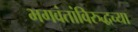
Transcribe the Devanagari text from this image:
भगवंतांविरुद्धच्या